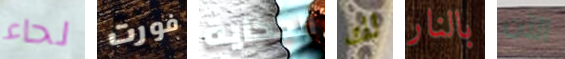
لحاء فورت الحكاية لك بالنار الآن